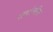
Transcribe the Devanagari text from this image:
सार्वाजनिक